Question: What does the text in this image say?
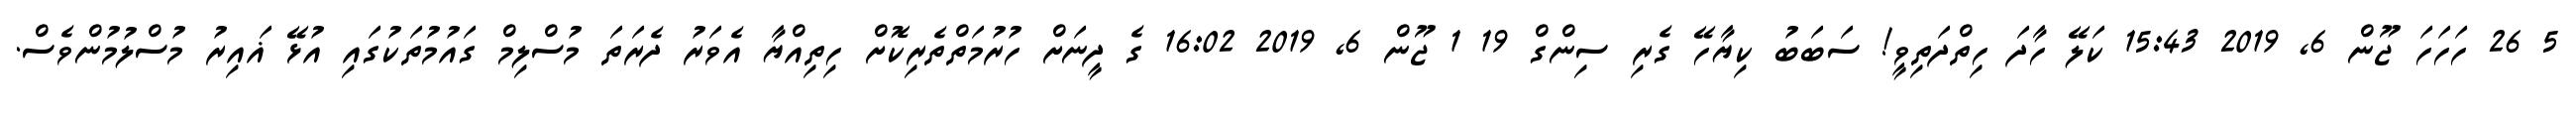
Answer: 5 26 ހަހަހަ ޖޫން 6, 2019 15:43 ކަލޭ ހާދަ ހިތްދަތިވީ! ސަބަބު ކިޔާހޭ ގެރި ސިންގް 19 1 ޖޫން 6, 2019 16:02 ގެ ދީނަށް ހުރުމަތްތެރިކޮށް ހިތިއްޔާ އެވަރު ދެރަތަ މުސްލިމް ގައުމުތަކުގައި އުޅޭ ޣައިރު މުސްލުމުންވެސް.